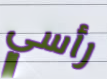
رأسي